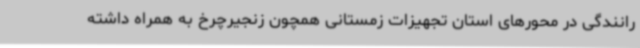
رانندگی در محورهای استان تجهیزات زمستانی همچون زنجیرچرخ به همراه داشته